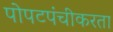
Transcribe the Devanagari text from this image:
पोपटपंचीकरता